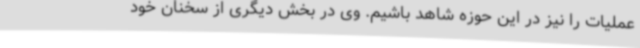
عملیات را نیز در این حوزه شاهد باشیم. وی در بخش دیگری از سخنان خود